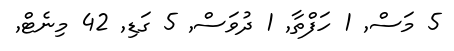
5 މަސް